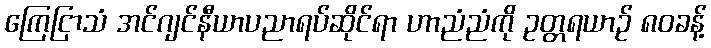
ကြေငြာသံ အင်ဂျင်နီယာပညာရပ်ဆိုင်ရာ ဟာညံညံကို ဥတ္တရယာဉ် ၈၀ခန့်